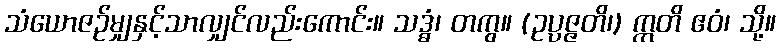
သံယောဇဉ်မျှနှင့်သာလျှင်လည်းကောင်း။ သဒ္ဓံ၊ တကွ။ (ဥပ္ပဇ္ဇတိ၊) ဣတိ ဧဝံ၊ သို့။